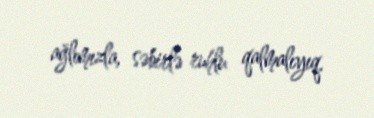
ağlımızla, səbirlə ruhlu qalmalıyıq.